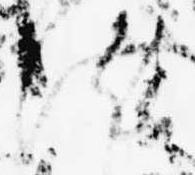
汰